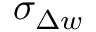
\sigma _ { \Delta w }